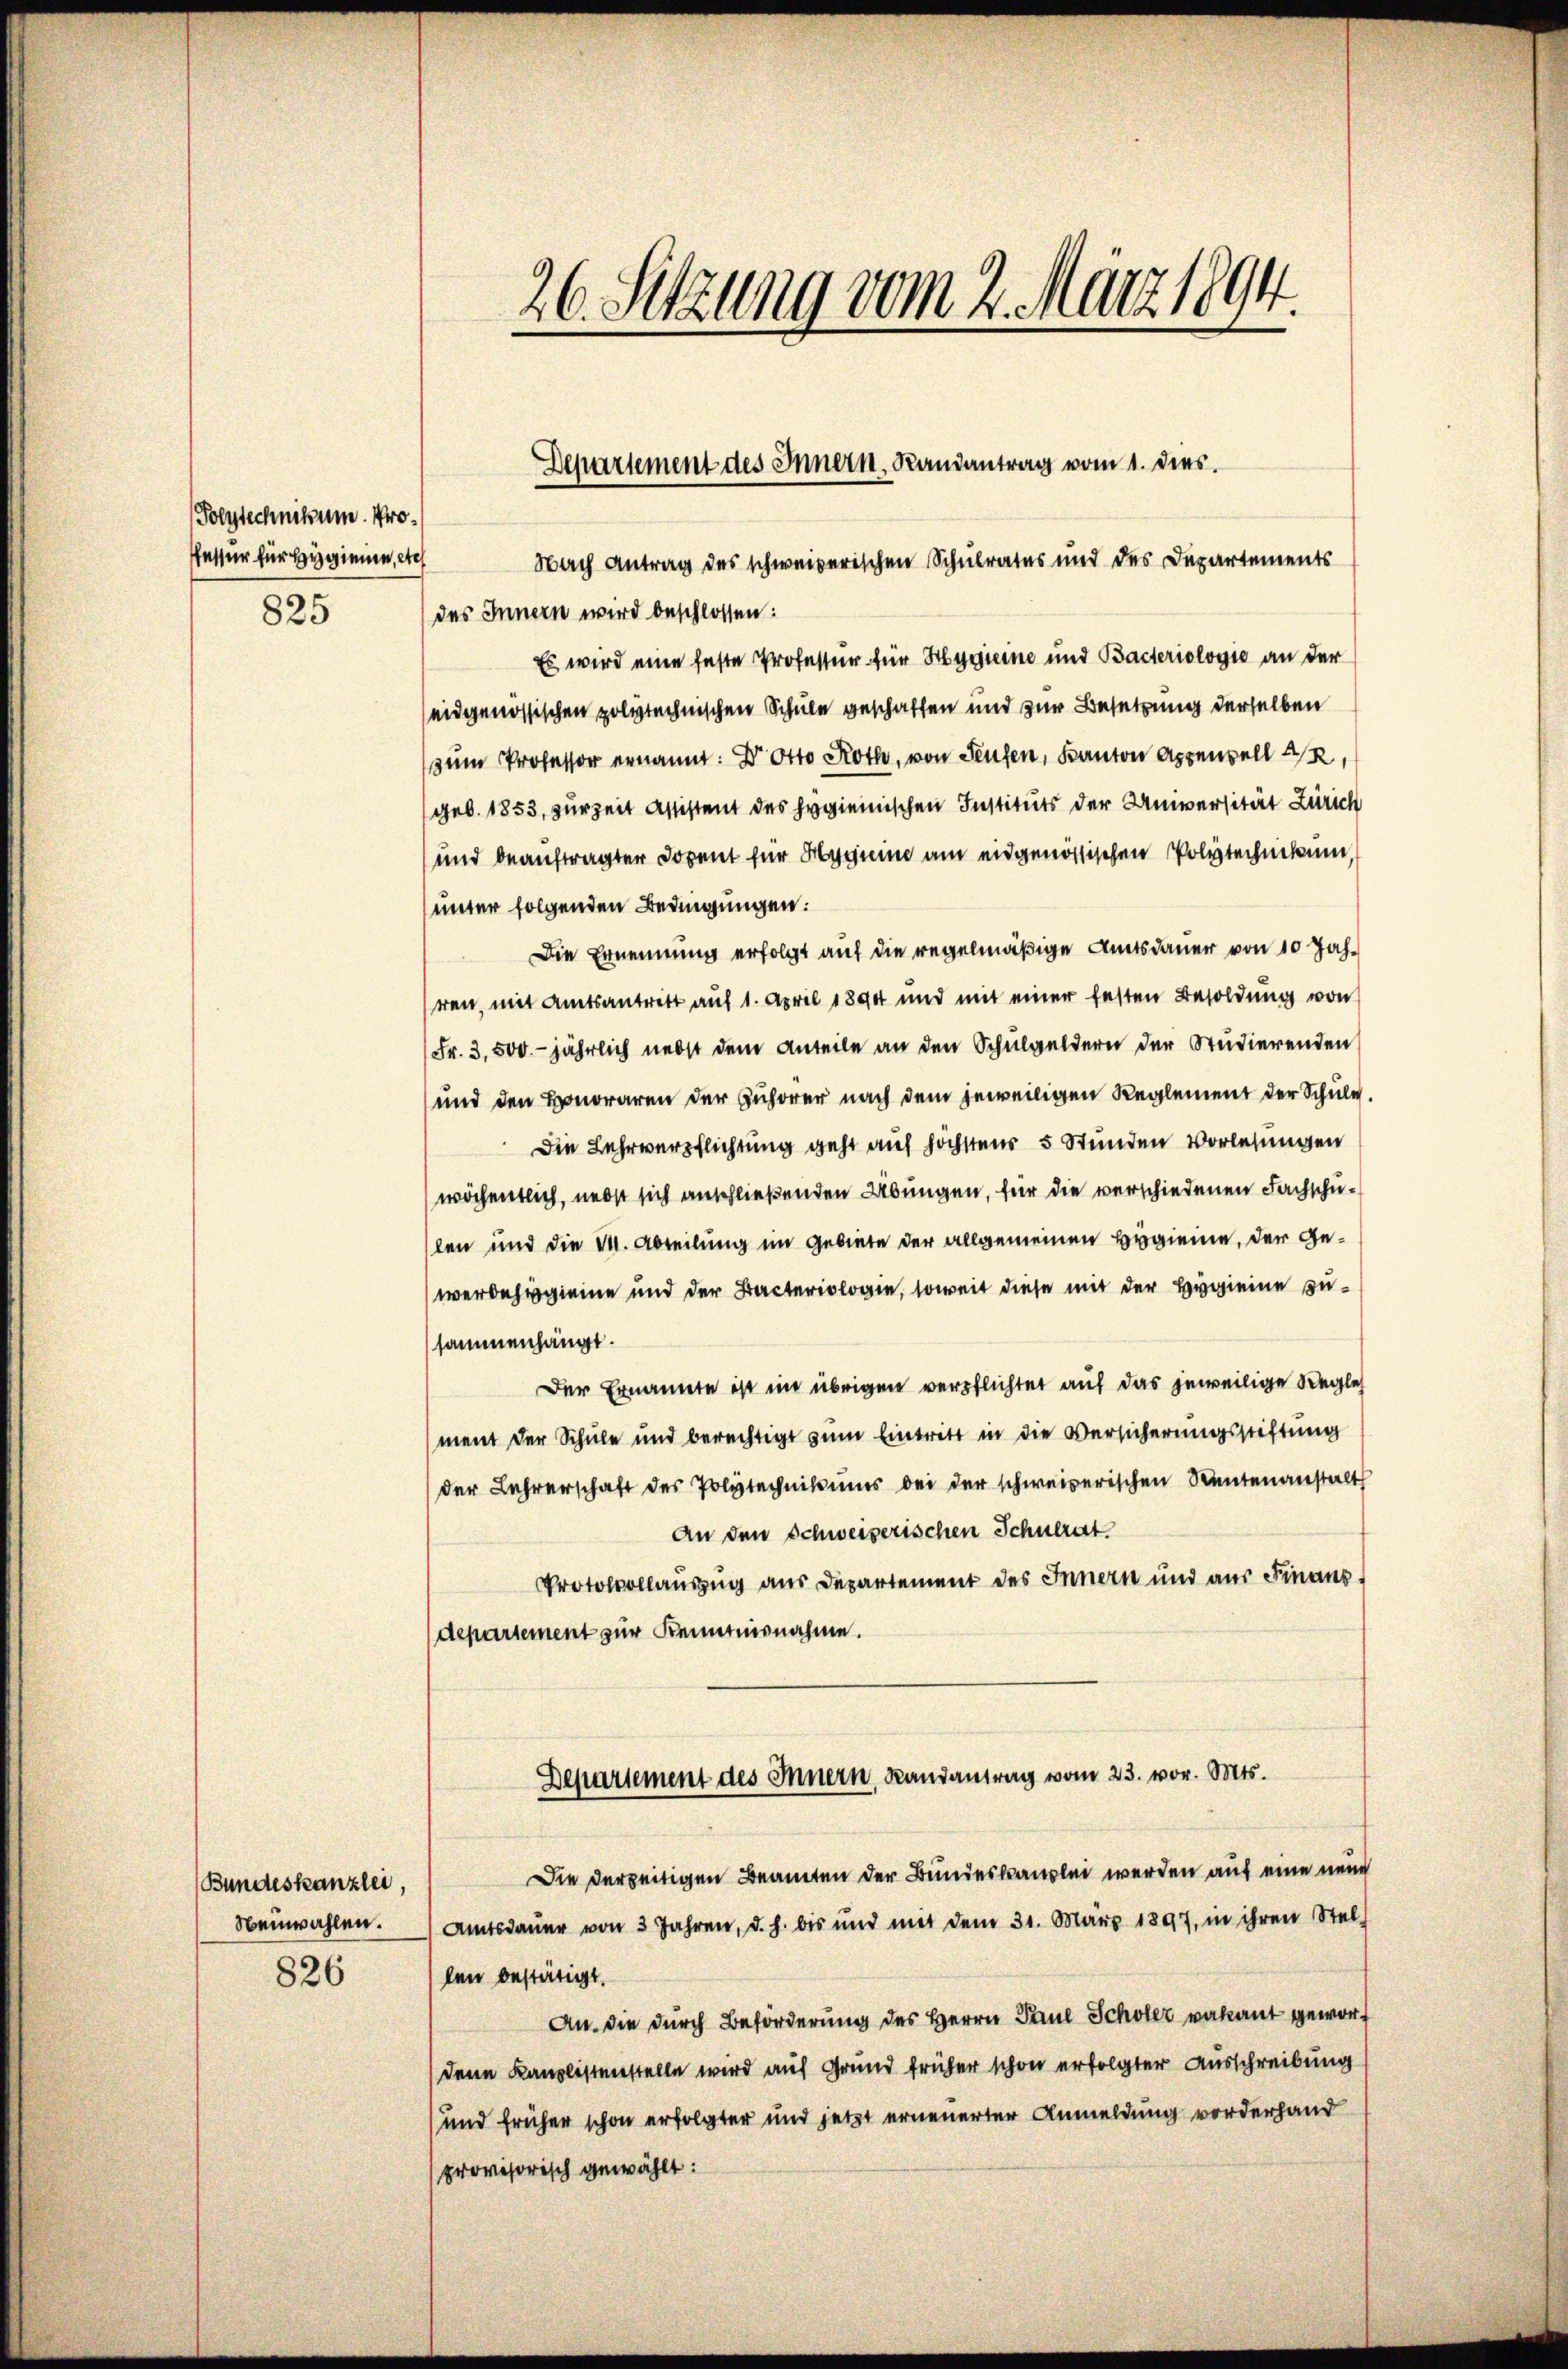
(Polytechnikum. Proffassur für Hygienen, etc
825

Bundeskanzlei,
Neuwahlen.
826

26. Setzung vom 2. März 1894.

Departement des Innern, Randantrag vom 1. dies

Nach Antrag des schweizerischen Schulrates und des Departements
des Innern wird beschlossen:
Es wird eine feste Professur für Hygieine und Bacteriologie an der
eidgenössischen polytechnischen Schule geschaffen und zur Besetzung derselben
zum Professor ernannt: Dr. Otto Roth, von Seufen, Kanton Appenzell A/R,
geb. 1853, zur Zeit Assistent des Hygienischen Instituts der Universität Zürich
und beauftragter Dozent für Magnie am eidgenössischen Polytechnikum,
unter folgenden Bedingungen:
Die Ernennung erfolgt auf die regelmäßige Amtsdauer von 10 Jahren, mit Amtsantritt auf 1. April 1890 und mit einer festen Besoldung von
Fr. 3,500. jährlich nebst dem Anteile an den Schulgeldern der Studierenden
und den Honoraren der Zuhörer nach dem jeweiligen Reglement der Schule.
Die Lehrverpflichtung geht auf höchstens 5 Stunden Vorlesungen
wöchentlich, nebst sich anschließenden Übungen, für die verschiedenen Fachschuslen und die M. Abteilung im Gebiete der allgemeinen Begiene, der Gewerdehig eine und der Bacteriologie, soweit diese mit der Hygieine zusammenhängt.
Der Ernannte ist im übrigen verpflichtet auf das jeweilige Regle
ment der Schule und berechtigt zum Eintritt in die Versicherungsstiftung
der Lehrerschaft des Polytechnikums bei der schweizerischen Rentenanstalt
An den Schweizerischen Schulrat
Protocollauszug aus Departement des Innern und aus Finanz
departement zur Kenntnisnahme.
Departement des Innern, Landantrag vom 23. vor. Mts.
Die derzeitigen Beamten der Bundeskanzlei werden auf eine neu
Amtsdaŭer von 3 Jahren, d. h. bis und mit dem 31. März 1897, in ihren Stel-
len bestätigt.
An die durch Beförderung des Herrn Paul Scholer vakant geworf
dene Kanzlistenstelle wird auf Grund früher schon erfolgter Ausschreibung
und früher schon erfolgter und jetzt erneuerter Anmeldung vorderhand
provisorisch gewählt: